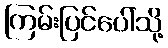
ကြမ်းပြင်ပေါ်သို့